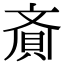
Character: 𮚁